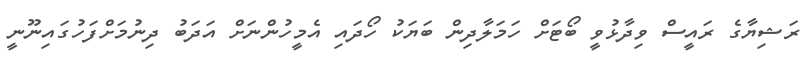
ރަޝިޔާގެ ރައީސް ވިދާޅުވީ ބޯޓަށް ހަމަލާދިން ބަޔަކު ހޯދައި އެމީހުންނަށް އަދަބު ދިނުމަށްފަހުގައިނޫނީ